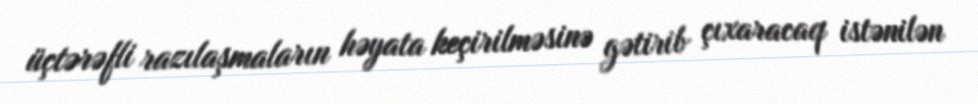
üçtərəfli razılaşmaların həyata keçirilməsinə gətirib çıxaracaq istənilən